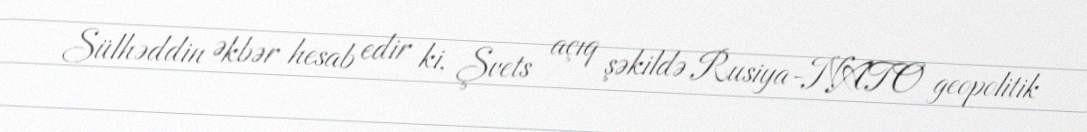
Sülhəddin Əkbər hesab edir ki, Şvets açıq şəkildə Rusiya-NATO geopolitik